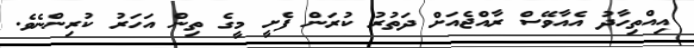
އިއްތިހާދު އެއާވޭސް ރާއްޖެއަށް ދަތުރު ކުރަން ފެށީ މީގެ ތިން އަހަރު ކުރިންނެވެ.